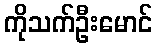
ကိုသက်ဦးမောင်